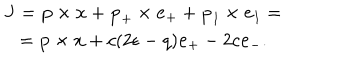
\begin{array} { c } { { { \bf J } = { \bf p } \times { \bf x } + { \bf p } _ { + } \times { \bf e } _ { + } + { \bf p } _ { 1 } \times { \bf e } _ { 1 } = } } \\ { { = { \bf p } \times { \bf x } + c ( 2 \epsilon - q ) { \bf e } _ { + } - 2 c { \bf e } _ { - } . } } \\ \end{array}